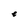
Character: e